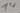
Text: 14